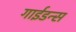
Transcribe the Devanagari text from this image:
गाईडन्स